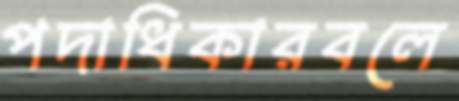
পদাধিকারবলে